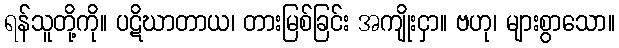
ရန်သူတို့ကို။ ပဋိဃာတာယ၊ တားမြစ်ခြင်း အကျိုးငှာ။ ဗဟု၊ များစွာသော။